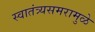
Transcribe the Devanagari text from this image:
स्वातंत्र्यसमरामुळे